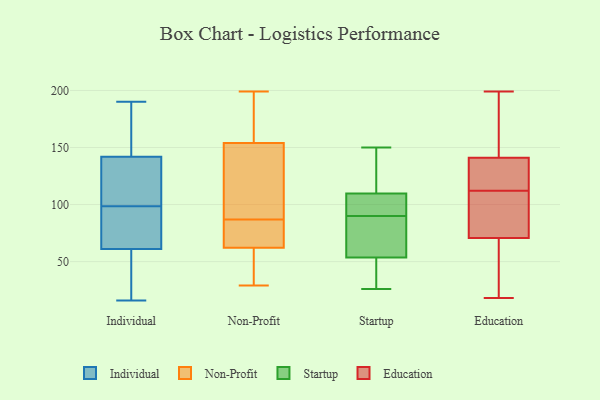
{"axis": {"x": "Production Output", "y": "Value"}, "legend": ["Education", "Individual", "Non-Profit", "Startup"], "data": [{"x": "", "y": 16, "type": "Individual"}, {"x": "", "y": 86, "type": "Individual"}, {"x": "", "y": 102, "type": "Individual"}, {"x": "", "y": 142, "type": "Individual"}, {"x": "", "y": 190, "type": "Individual"}, {"x": "", "y": 61, "type": "Individual"}, {"x": "", "y": 116, "type": "Individual"}, {"x": "", "y": 29, "type": "Individual"}, {"x": "", "y": 190, "type": "Individual"}, {"x": "", "y": 95, "type": "Individual"}, {"x": "", "y": 90, "type": "Non-Profit"}, {"x": "", "y": 113, "type": "Non-Profit"}, {"x": "", "y": 66, "type": "Non-Profit"}, {"x": "", "y": 197, "type": "Non-Profit"}, {"x": "", "y": 49, "type": "Non-Profit"}, {"x": "", "y": 45, "type": "Non-Profit"}, {"x": "", "y": 61, "type": "Non-Profit"}, {"x": "", "y": 181, "type": "Non-Profit"}, {"x": "", "y": 151, "type": "Non-Profit"}, {"x": "", "y": 140, "type": "Non-Profit"}, {"x": "", "y": 159, "type": "Non-Profit"}, {"x": "", "y": 85, "type": "Non-Profit"}, {"x": "", "y": 56, "type": "Non-Profit"}, {"x": "", "y": 29, "type": "Non-Profit"}, {"x": "", "y": 85, "type": "Non-Profit"}, {"x": "", "y": 69, "type": "Non-Profit"}, {"x": "", "y": 199, "type": "Non-Profit"}, {"x": "", "y": 87, "type": "Non-Profit"}, {"x": "", "y": 155, "type": "Non-Profit"}, {"x": "", "y": 150, "type": "Startup"}, {"x": "", "y": 50, "type": "Startup"}, {"x": "", "y": 90, "type": "Startup"}, {"x": "", "y": 64, "type": "Startup"}, {"x": "", "y": 78, "type": "Startup"}, {"x": "", "y": 100, "type": "Startup"}, {"x": "", "y": 39, "type": "Startup"}, {"x": "", "y": 137, "type": "Startup"}, {"x": "", "y": 113, "type": "Startup"}, {"x": "", "y": 26, "type": "Startup"}, {"x": "", "y": 96, "type": "Startup"}, {"x": "", "y": 112, "type": "Education"}, {"x": "", "y": 132, "type": "Education"}, {"x": "", "y": 30, "type": "Education"}, {"x": "", "y": 18, "type": "Education"}, {"x": "", "y": 144, "type": "Education"}, {"x": "", "y": 41, "type": "Education"}, {"x": "", "y": 118, "type": "Education"}, {"x": "", "y": 82, "type": "Education"}, {"x": "", "y": 127, "type": "Education"}, {"x": "", "y": 93, "type": "Education"}, {"x": "", "y": 42, "type": "Education"}, {"x": "", "y": 171, "type": "Education"}, {"x": "", "y": 179, "type": "Education"}, {"x": "", "y": 87, "type": "Education"}, {"x": "", "y": 145, "type": "Education"}, {"x": "", "y": 67, "type": "Education"}, {"x": "", "y": 98, "type": "Education"}, {"x": "", "y": 118, "type": "Education"}, {"x": "", "y": 199, "type": "Education"}]}